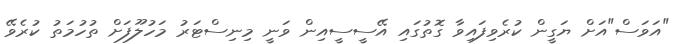
"އަވަސް"އަށް ޔަގީން ކުރެވިފައިވާ ގޮތުގައި އޭސީސީއިން ވަނީ މިނިސްޓަރު މަހުލޫފަށް ތުހުމަތު ކުރެވޭ